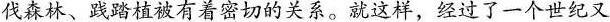
伐森林、践踏植被有着密切的关系。就这样，经过了一个世纪又